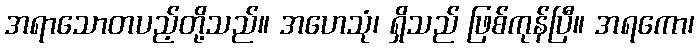
အရာသောတပည့်တို့သည်။ အဟေသုံ၊ ရှိသည် ဖြစ်ကုန်ပြီ။ အရကော၊